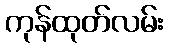
ကုန်ထုတ်လမ်း